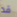
قد